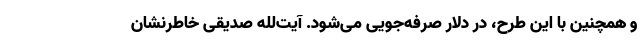
و همچنین با این طرح، در دلار صرفه‌جویی می‌شود. آیت‌لله صدیقی خاطرنشان